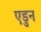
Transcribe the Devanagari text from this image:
एडुन